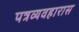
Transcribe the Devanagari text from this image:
पत्रव्यवहारास